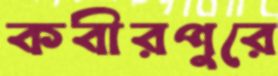
কবীরপুরে